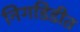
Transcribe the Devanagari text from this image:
निगडिडीत